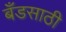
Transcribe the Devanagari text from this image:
बँडसाठी